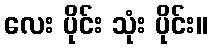
လေး ပိုင်း သုံး ပိုင်း။